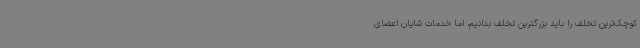
کوچک‌ترین تخلف را باید بزرگترین تخلف بدانیم، اما خدمات شایان اعضای